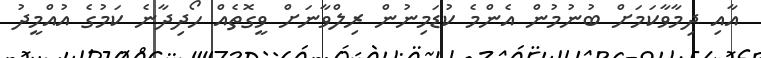
އާއި ދިމާވާކަމަށް ބުނުމުން އެންމެ ކުޑަމިނުން ރިލްވާނަށް ވީގޮތެއް ހޯދިދާނެ ކަމުގެ އުއްމީދު